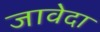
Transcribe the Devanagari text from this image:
जावेदा